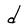
Character: d